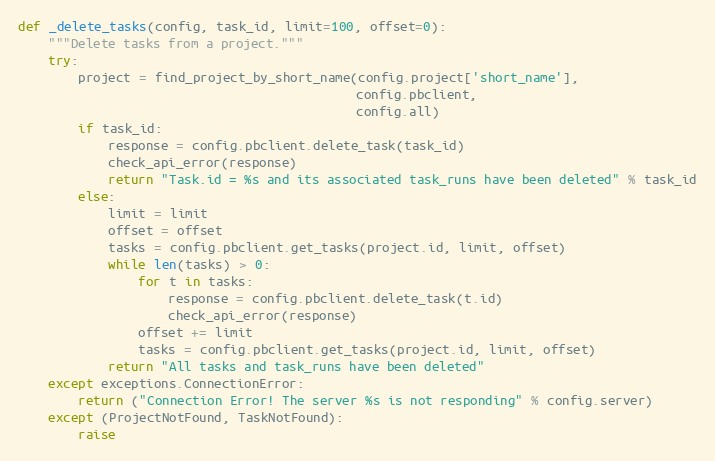
Language: Python
def _delete_tasks(config, task_id, limit=100, offset=0):
    """Delete tasks from a project."""
    try:
        project = find_project_by_short_name(config.project['short_name'],
                                             config.pbclient,
                                             config.all)
        if task_id:
            response = config.pbclient.delete_task(task_id)
            check_api_error(response)
            return "Task.id = %s and its associated task_runs have been deleted" % task_id
        else:
            limit = limit
            offset = offset
            tasks = config.pbclient.get_tasks(project.id, limit, offset)
            while len(tasks) > 0:
                for t in tasks:
                    response = config.pbclient.delete_task(t.id)
                    check_api_error(response)
                offset += limit
                tasks = config.pbclient.get_tasks(project.id, limit, offset)
            return "All tasks and task_runs have been deleted"
    except exceptions.ConnectionError:
        return ("Connection Error! The server %s is not responding" % config.server)
    except (ProjectNotFound, TaskNotFound):
        raise